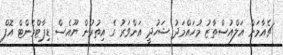
ޗެއާމަން އަލްއުސްތާޒު މުހައްމަދު ޝަހުދީ އަންވަރު ގެ އިތުރުން ޔޫއެސް ޑިޕާޓްމެންޓް އޮފް